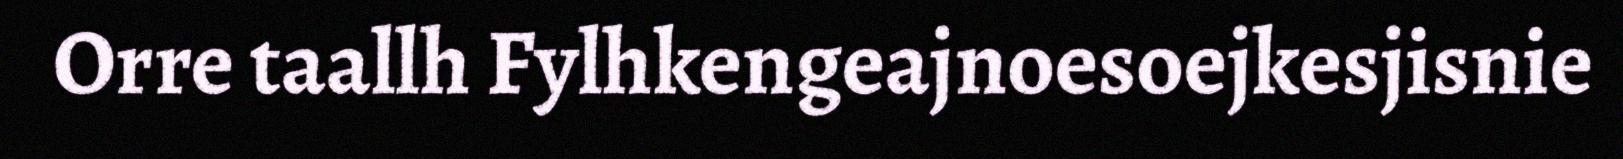
Orre taallh Fylhkengeajnoesoejkesjisnie